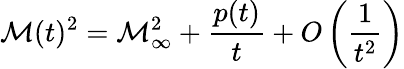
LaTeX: \mathcal{M}(t)^{2}=\mathcal{M}_{\infty}^{2}+\frac{{p(t)}}{{t}}+O\left(\frac{{1}}{{t^{2}}}\right)